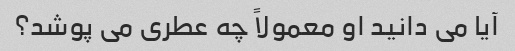
آیا می دانید او معمولاً چه عطری می پوشد؟